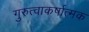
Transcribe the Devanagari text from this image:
गुरुत्वाकर्षात्मक